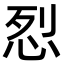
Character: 㤠